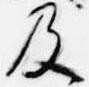
及